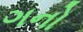
ગનો